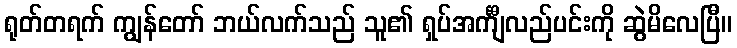
ရုတ်တရက် ကျွန်တော် ဘယ်လက်သည် သူ၏ ရှပ်အင်္ကျီလည်ပင်းကို ဆွဲမိလေပြီ။